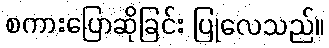
စကားပြောဆိုခြင်း ပြုလေသည်။